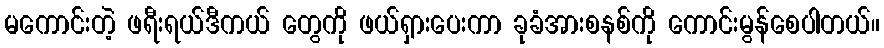
မကောင်းတဲ့ ဖရီးရယ်ဒီကယ် တွေကို ဖယ်ရှားပေးကာ ခုခံအားစနစ်ကို ကောင်းမွန်စေပါတယ်။